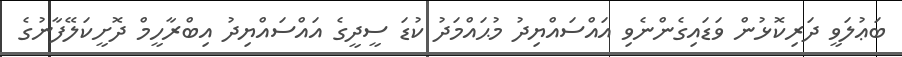
ބަޢުލަވީ ދަރިކޮޅުން ވަޑައިގެންނެވި އައްސައްޔިދު މުޙައްމަދު ކުޑަ ސީދީގެ އައްސައްޔިދު އިބްރާހީމް ދޮށީކަލޭފާނުގެ